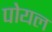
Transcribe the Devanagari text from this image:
पोयल